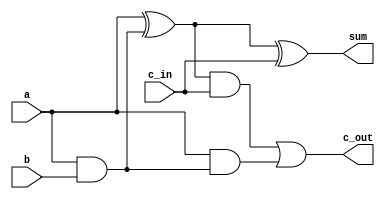
/* EightBitArrayCell.v
* -------------------
* By: Harith S. Ibrahim
*
* Module Description:
* --------------------
* One Cell from the unsigned 8-bit array multiplier
* 
Inputs:
*
*
* a: 1-bit multiplied value 
*
* b: 1-bit multiplaier value 
*
* c_in: 1-bit carry-in value
*
*
* Outputs:
* 
* sum: the final cell product value
*
* c_out: carry-out value of the cell
*
*/

module EightBitArrayCell(
	input a,
	input b,
	input c_in,
	output sum,
	output c_out

);

	wire w4;
	
and(w4, a, b);

	wire w1;
	wire w2;
	wire w3;
	
	//sum
	xor(w1, a, w4);
	xor(sum, w1, c_in);

	//carry
	and(w2,w1, c_in);
	and(w3, a, w4);
	or(c_out, w2, w3);
	
endmodule